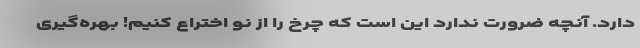
دارد. آنچه ضرورت ندارد این است که چرخ را از نو اختراع کنیم! بهره‌گیری